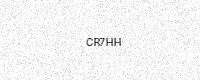
Text: CR7HH